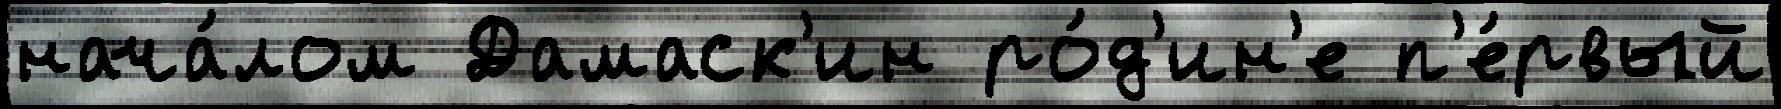
нача́лом Дамаск'ин ро́д'ин'е п'е́рвый